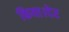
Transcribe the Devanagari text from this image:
किया।देर